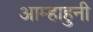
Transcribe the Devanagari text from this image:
आम्हाहुनी